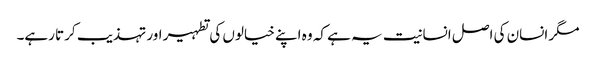
مگر انسان کی اصل انسانیت یہ ہے کہ وہ اپنے خیالوں کی تطہیر اور تہذیب کرتا رہے۔